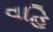
વહિ